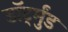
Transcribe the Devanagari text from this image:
डॉर्ट्मुंड